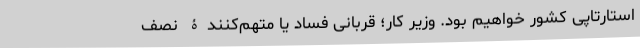
استارتاپی کشور خواهیم بود. وزیر کار؛ قربانی فساد یا متهم‌کنندۀ نصف